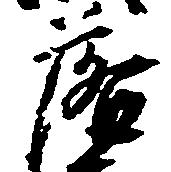
落